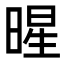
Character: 暒